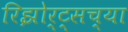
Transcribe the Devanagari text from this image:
रिझोर्ट्सच्या